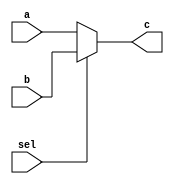
module mux5(
    input sel,
    input [4:0] a,
    input [4:0] b,
    output reg [4:0] c
);

always @(*) begin
    if (sel == 0) begin
        c <= a;
    end else begin
        c <= b;
    end
end

endmodule